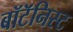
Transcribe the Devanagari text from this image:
बॉटॅनिस्ट